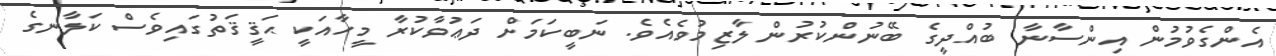
އެންގެވުމުން އިންސާނާ ބުއްދީގެ ބޭނުންކުރުން ލާޒިމުވެއެވެ. ނަބީކަމަށް ދަޢުވާކުރާ މީހާއަކީ ޙަޤީޤަތުގައިވެސް ކަލާނގެ